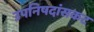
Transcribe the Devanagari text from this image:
उपनिषदांसकट